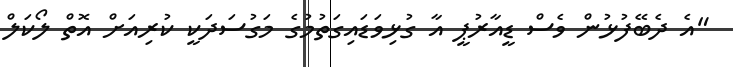
"އެ ދެބޭފުޅުން ވެސް ޑީއާރުޕީ އާ ގުޅިވަޑައިގަތުމުގެ މަގުސަދަކީ ކުރިއަށް އޮތް ލޯކަލް